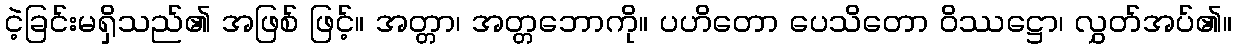
ငဲ့ခြင်းမရှိသည်၏ အဖြစ် ဖြင့်။ အတ္တာ၊ အတ္တဘောကို။ ပဟိတော ပေသိတော ဝိဿဋ္ဌော၊ လွှတ်အပ်၏။